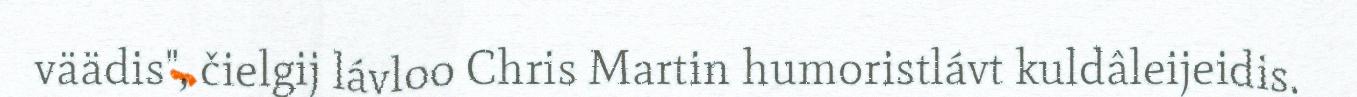
väädis", čielgij lávloo Chris Martin humoristlávt kuldâleijeidis.